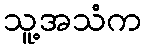
သူ့အသံက